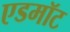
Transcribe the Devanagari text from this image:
एडमॉट